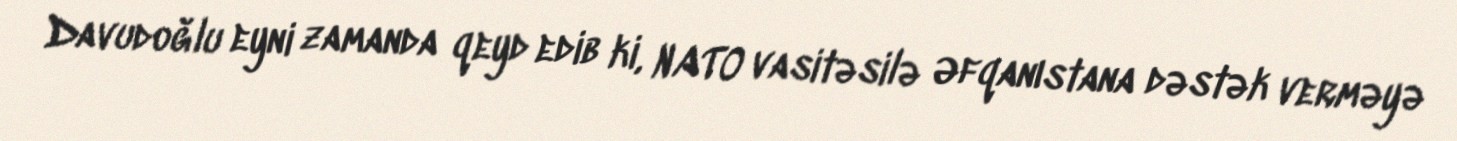
Davudoğlu eyni zamanda qeyd edib ki, NATO vasitəsilə Əfqanıstana dəstək verməyə